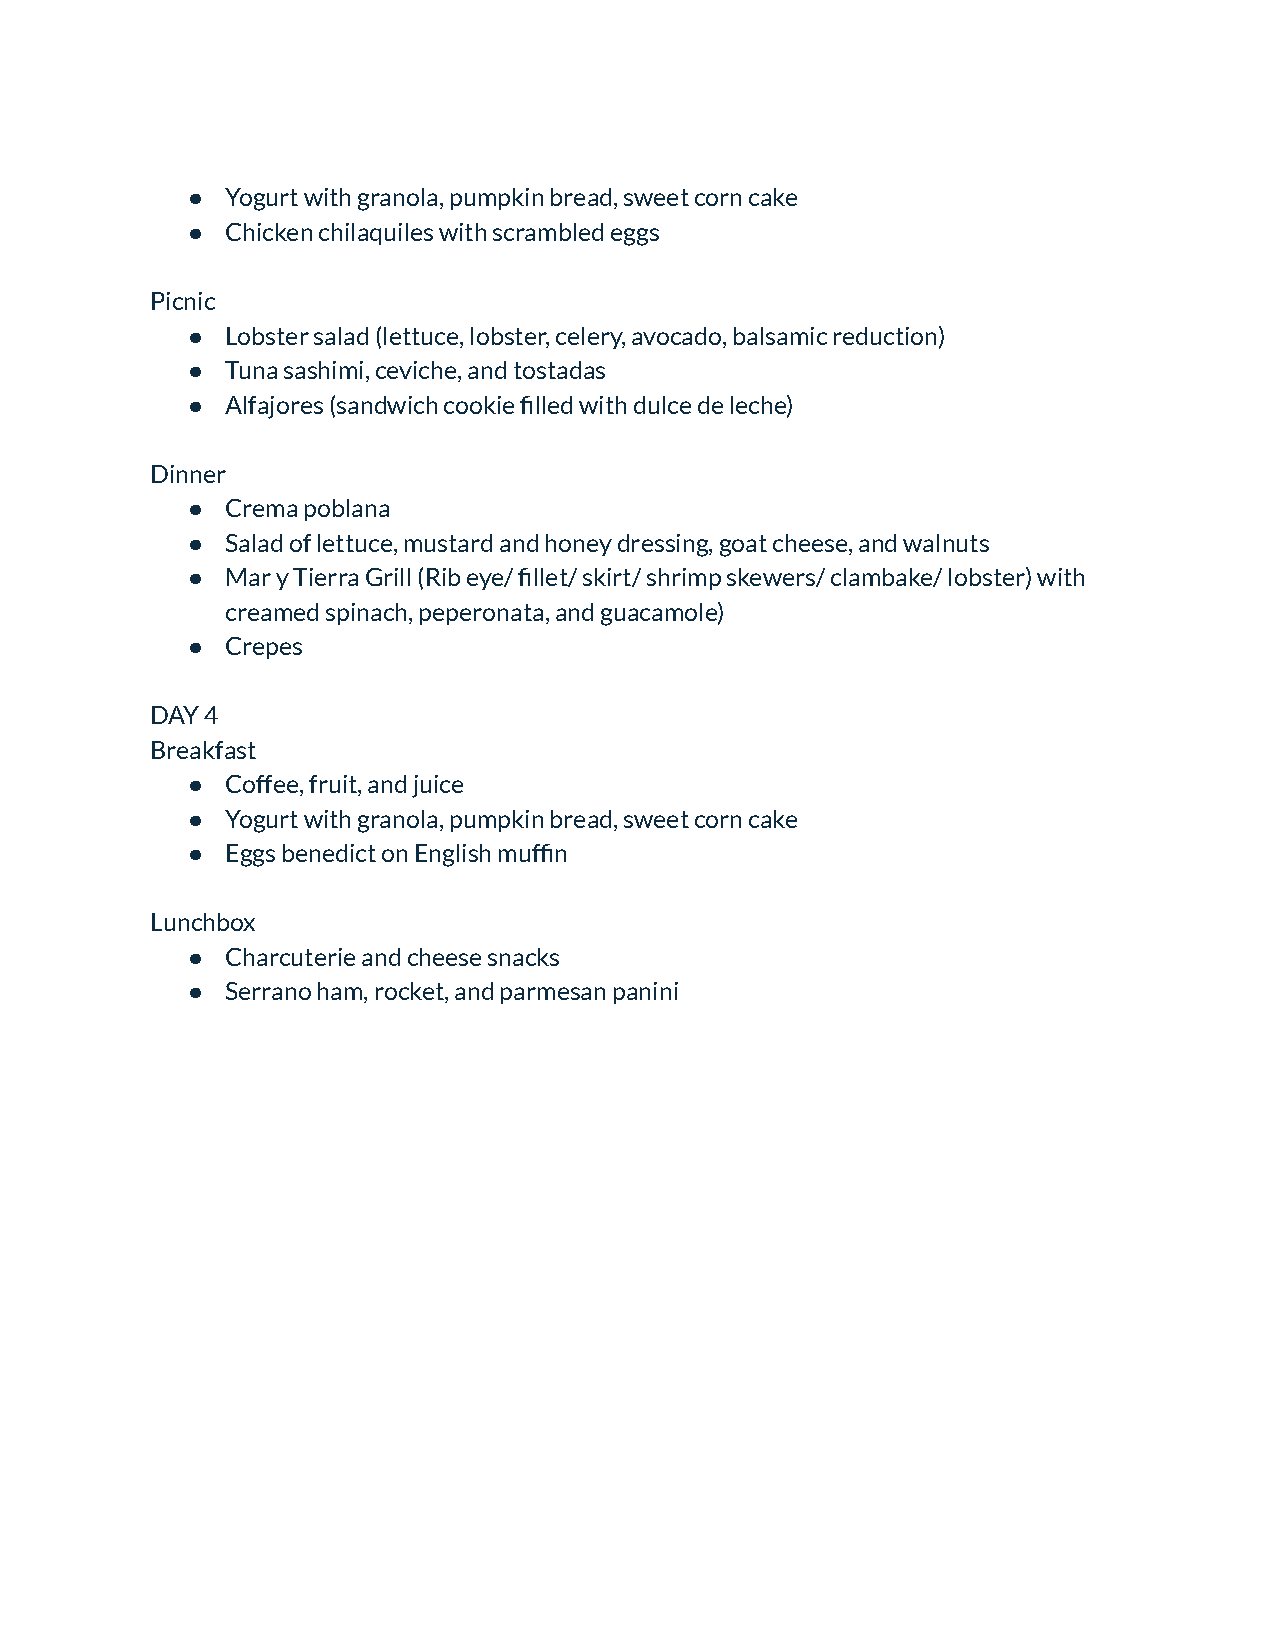
●  Yogurt with granola, pumpkin bread, sweet corn cake
 ●  Chicken chilaquiles with scrambled eggs
 Picnic
 ●  Lobster salad (lettuce, lobster, celery, avocado,balsamic reduction)
 ●  Tuna sashimi, ceviche, and tostadas
 ●  Alfajores (sandwich cookie filled with dulce de leche)
 Dinner
 ●  Crema poblana
 ●  Salad of lettuce, mustard and honey dressing, goatcheese, and walnuts
 ●  Mar y Tierra Grill (Rib eye/ fillet/ skirt/ shrimpskewers/ clambake/ lobster) with
 creamed spinach, peperonata, and guacamole)
 ●  Crepes
 DAY 4
 Breakfast
 ●  Coffee, fruit, and juice
 ●  Yogurt with granola, pumpkin bread, sweet corn cake
 ●  Eggs benedict on English muffin
 Lunchbox
 ●  Charcuterie and cheese snacks
 ●  Serrano ham, rocket, and parmesan panini